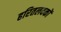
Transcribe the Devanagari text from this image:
हरितलवकों